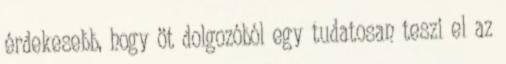
érdekesebb, hogy öt dolgozóból egy tudatosan teszi el az